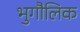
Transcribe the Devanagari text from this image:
भुगौलिक